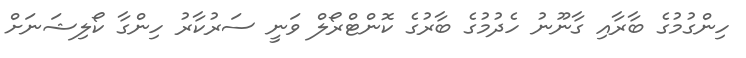
ހިންގުމުގެ ބާރާއި ގާނޫނު ހެދުމުގެ ބާރުގެ ކޮންޓްރޯލް ވަނީ ސަރުކާރު ހިންގާ ކޯލިޝަނަށް